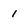
Character: 1